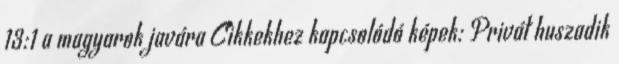
13:1 a magyarok javára Cikkekhez kapcsolódó képek: Privát huszadik